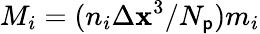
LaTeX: M_{i}=(n_{i}\Delta\mathbf{x}^{3}/N_{\mathsf{p}})m_{i}